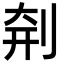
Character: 㓫